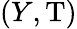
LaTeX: (Y,\mathrm{T})